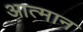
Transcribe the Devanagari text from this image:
आत्मान